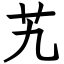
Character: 艽